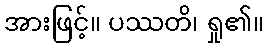
အားဖြင့်။ ပဿတိ၊ ရှု၏။